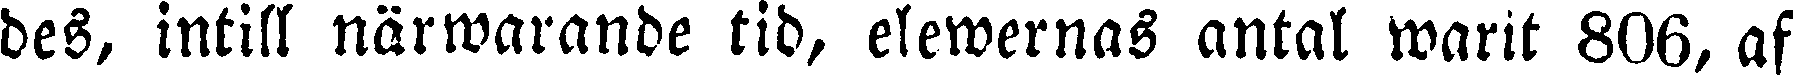
des, intill närwarande tid, elewernas antal warit 806, af